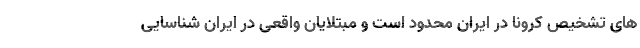
های تشخیص کرونا در ایران محدود است و مبتلایان واقعی در ایران شناسایی